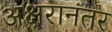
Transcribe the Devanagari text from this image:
अक्षरानंतर